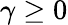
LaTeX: \gamma\ge 0